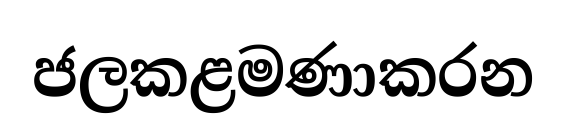
ජලකළමණාකරන